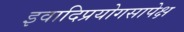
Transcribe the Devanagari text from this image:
इवादिप्रयोगसापेक्ष